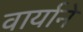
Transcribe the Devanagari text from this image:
वार्याने